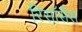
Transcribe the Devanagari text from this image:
रिसॉर्सेस